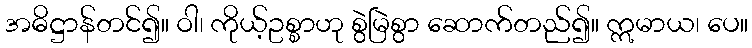
အဓိဋ္ဌာန်တင်၍။ ဝါ၊ ကိုယ့်ဥစ္စာဟု စွဲမြဲစွာ ဆောက်တည်၍။ ဣမာယ၊ ပေ။